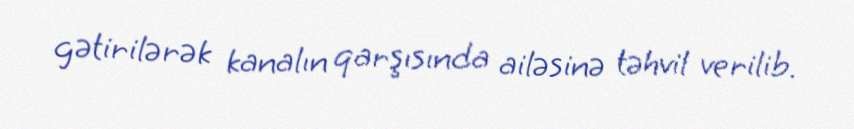
gətirilərək kanalın qarşısında ailəsinə təhvil verilib.